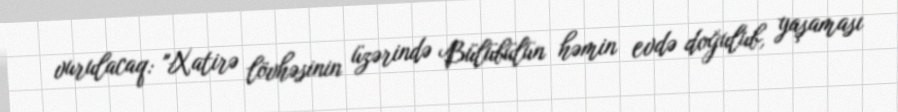
vurulacaq: "Xatirə lövhəsinin üzərində Bülübülün həmin evdə doğulub, yaşaması